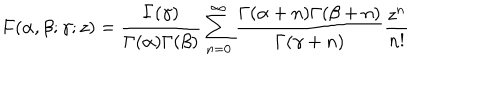
F ( \alpha , \beta ; \gamma ; z ) = \frac { \Gamma ( \gamma ) } { \Gamma ( \alpha ) \Gamma ( \beta ) } \sum _ { n = 0 } ^ { \infty } \frac { \Gamma ( \alpha + n ) \Gamma ( \beta + n ) } { \Gamma ( \gamma + n ) } \frac { z ^ { n } } { n ! }